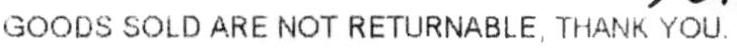
GOODS SOLD ARE NOT RETURNABLE, THANK YOU.